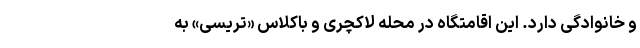
و خانوادگی دارد. این اقامتگاه در محله لاکچری و باکلاس «تریسی» به